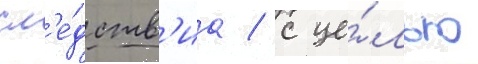
сл'е́дств'иа / с це́лью